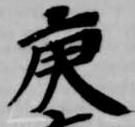
庚